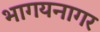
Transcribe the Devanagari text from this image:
भागयनागर